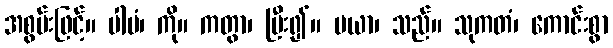
အစွမ်းဖြင့်။ ပါပံ၊ ကို။ ကတွာ၊ ပြီး၍။ မယာ၊ သည်။ သုကတံ၊ ကောင်းစွာ